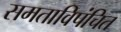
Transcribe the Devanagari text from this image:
समताविपंचित